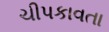
ચીપકાવતા